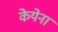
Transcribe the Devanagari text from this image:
केयेना